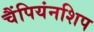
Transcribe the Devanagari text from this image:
चैंपियंनशिप